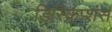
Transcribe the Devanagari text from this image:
डिस्क्रिप्शंस